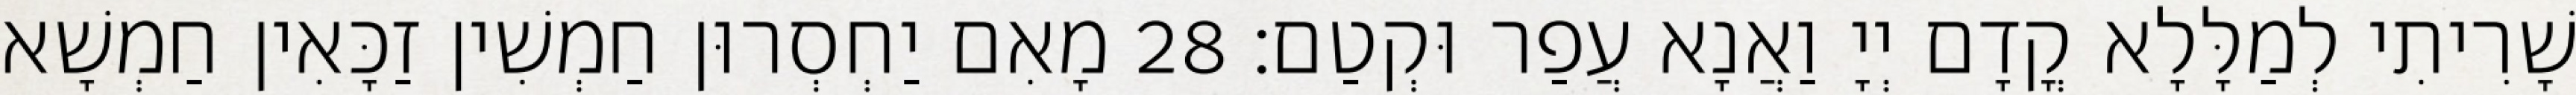
שָׁרִיתִי לְמַלָּלָא קֳדָם יְיָ וַאֲנָא עֲפַר וּקְטַם׃ 28 מָאִם יַחְסְרוּן חַמְשִׁין זַכָּאִין חַמְשָׁא